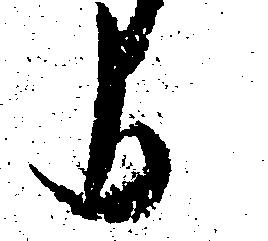
よ